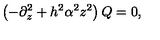
\left( - \partial _ { z } ^ { 2 } + h ^ { 2 } \alpha ^ { 2 } z ^ { 2 } \right) Q = 0 ,